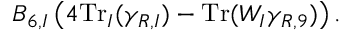
B _ { 6 , I } \left( 4 \mathrm { T r } _ { I } ( \gamma _ { R , I } ) - \mathrm { T r } ( W _ { I } \gamma _ { R , 9 } ) \right) .